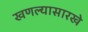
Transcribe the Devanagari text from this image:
खणल्यासारखे